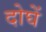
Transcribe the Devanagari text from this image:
दोघें